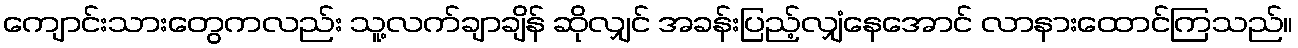
ကျောင်းသားတွေကလည်း သူ့လက်ချာချိန် ဆိုလျှင် အခန်းပြည့်လျှံနေအောင် လာနားထောင်ကြသည်။